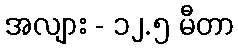
အလျား - ၁၂.၅ မီတာ